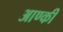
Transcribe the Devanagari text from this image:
आण्की